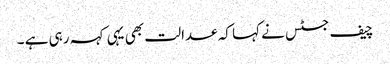
چیف جسٹس نے کہا کہ عدالت بھی یہی کہہ رہی ہے ۔